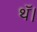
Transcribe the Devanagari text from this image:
थॅ।